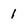
Character: 1